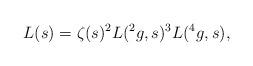
LaTeX: \begin{align*}L(s)=\zeta(s)^2L(^2g,s)^3 L(^4g,s),\end{align*}